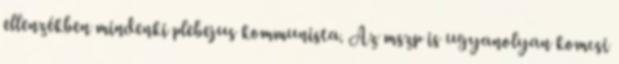
ellenzékben mindenki plebejus kommunista. Az mszp is ugyanolyan komcsi